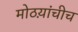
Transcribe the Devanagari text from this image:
मोठय़ांचीच